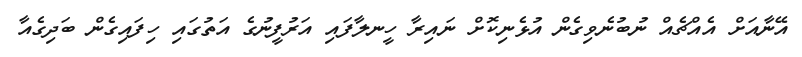
އޭނާއަށް އެއްޗެއް ނުބުނެވިގެން އުޅެނިކޮށް ނައިރާ ހީނލާފައި އަރުފީނުގެ އަތުގައި ހިފައިގެން ބަދިގެއާ